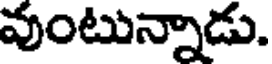
వుంటున్నాడు.